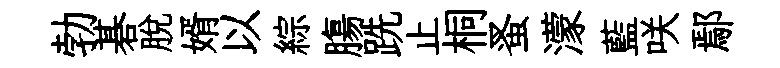
勃碁脱婿以綜膓跣止桐蚤濛藍咲鄢